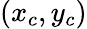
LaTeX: (x_{c},y_{c})